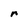
Character: n